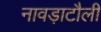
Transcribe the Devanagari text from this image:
नावड़ाटौली